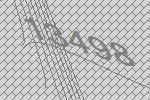
13498